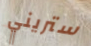
ستريني